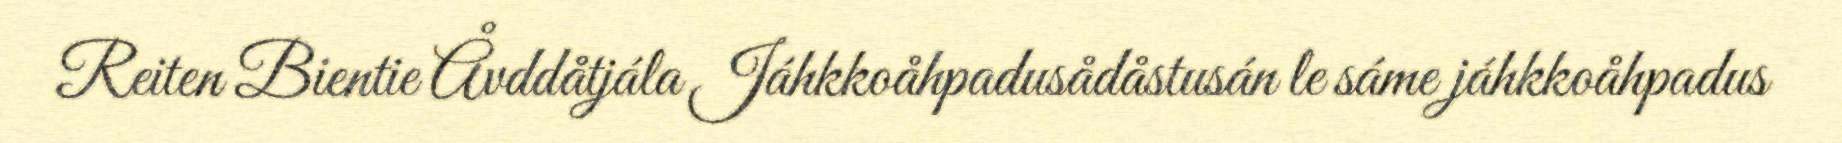
Reiten Bientie Åvddåtjála Jáhkkoåhpadusådåstusán le sáme jáhkkoåhpadus